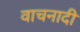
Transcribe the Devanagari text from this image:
वाचनादी